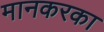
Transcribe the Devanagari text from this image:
मानकरका